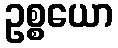
ဥစ္စယော